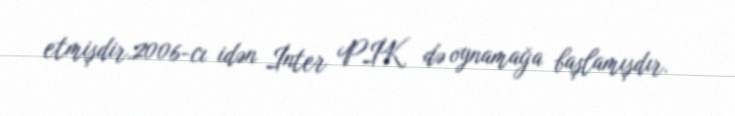
etmişdir.2006-cı idən İnter PİK də oynamağa başlamışdır.